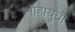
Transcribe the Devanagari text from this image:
लौहायुधों